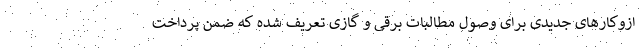
ازوکارهای جدیدی برای وصول مطالبات برقی و گازی تعریف شده که ضمن پرداخت